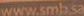
www.smb.sa